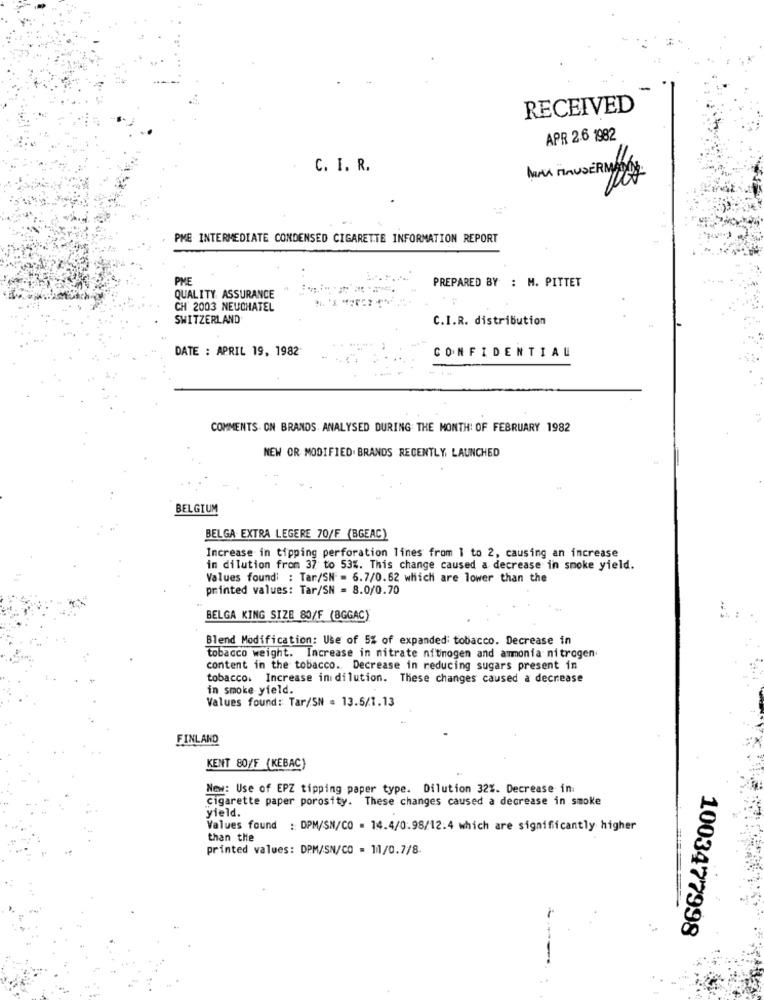
RECEIVED
APR 2.6 1982
C. I. R.
MAN MAUSERMADDE.
PME INTERMEDIATE CONDENSED CIGARETTE INFORMATION REPORT
PHE
PREPARED BY : M. PITTET
QUALITY ASSURANCE
CH' 2003 NEUCHATEL
SWITZERLAND
C.I.R. distribution
DATE : APRIL 19, 1982
CONFIDENTIAL
COMMENTS ON BRANDS. ANALYSED DURING THE MONTH! OF FEBRUARY 1982
NEW OR MODIFIED. BRANDS RECENTLY LAUNCHED
BELGIUM
BELGA EXTRA LEGERE 70/F (BGEAC)
Increase in tipping perforation lines from 1 to 2, causing an increase
in dilution from 37 to 53%. This change caused a decrease in smoke yield.
Values found' : Tar/SN = 6.7/0.62 which are lower than the
printed values: Tar/SN = 8.0/0.70
BELGA KING SIZE 80/F (BGGAC)
Blend Modification: Use of 5% of expanded tobacco. Decrease in
tobacco weight. Increase in nitrate nitinogen and ammonia nitrogen
content in the tobacco. Decrease in reducing sugars present in
tobacco. Increase ini dilution. These changes caused a decrease
in smoke yield.
Values found: Tar/SN = 13.5/1.13
FINLAND
KENT 80/F (KEBAC)
New: Use of EPZ tipping paper type. Dilution 32%. Decrease in.
Cigarette paper porosity. These changes caused a decrease in smoke
yield.
Values found : DPM/SN/CO = 14.4/0.98/12.4 which are significantly higher
than the
printed values: DPM/SN/CO = 11/0.7/8.
1003477998